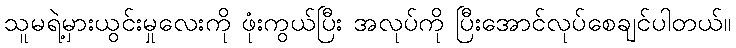
သူမရဲ့မှားယွင်းမှုလေးကို ဖုံးကွယ်ပြီး အလုပ်ကို ပြီးအောင်လုပ်စေချင်ပါတယ်။